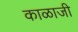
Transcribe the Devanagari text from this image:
काळाजी